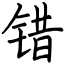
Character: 错